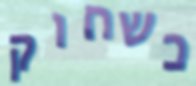
כשחוק